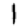
Digit: 1